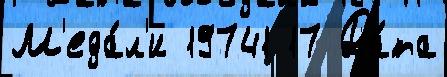
М'еда́л'и 19741 17 Да́та